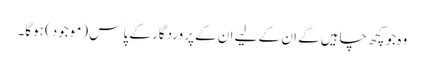
وہ جو کچھ چاہیں گے ان کے لیے ان کے پروردگار کے پاس (موجود) ہوگا۔